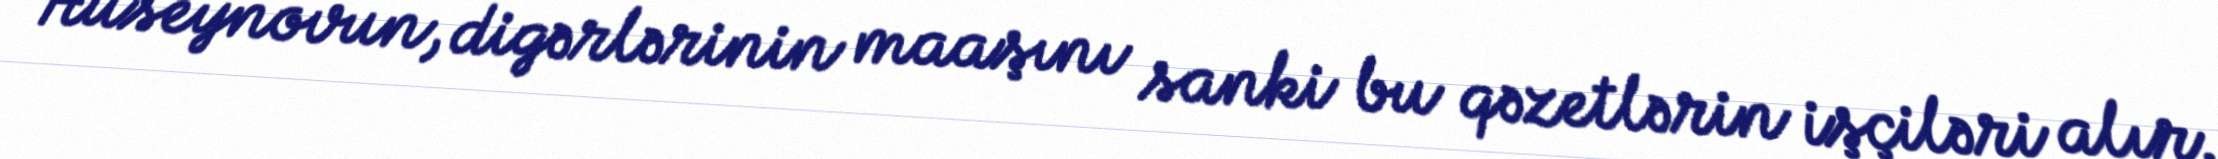
Hüseynovun, digərlərinin maaşını sanki bu qəzetlərin işçiləri alır.